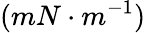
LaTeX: (mN\cdot m^{-1})